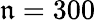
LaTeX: \mathfrak{n}=300